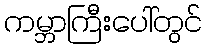
ကမ္ဘာကြီးပေါ်တွင်